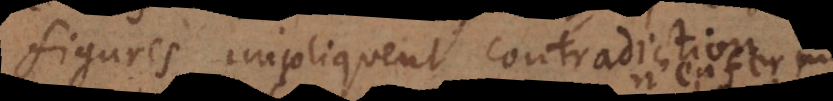
figures, impliquent contradiction,